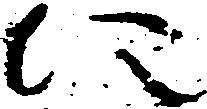
に